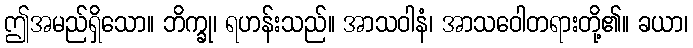
ဤအမည်ရှိသော။ ဘိက္ခု၊ ရဟန်းသည်။ အာသဝါနံ၊ အာသဝေါတရားတို့၏။ ခယာ၊